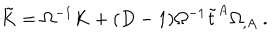
LaTeX: \tilde { K } = \Omega ^ { - 1 } K + ( D - 1 ) \Omega ^ { - 1 } \tilde { t } ^ { A } \Omega _ { , A } \ .